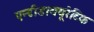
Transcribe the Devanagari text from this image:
एन्टीडाययूरेटिक